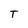
Character: T